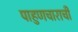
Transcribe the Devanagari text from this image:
पाहुणचाराची